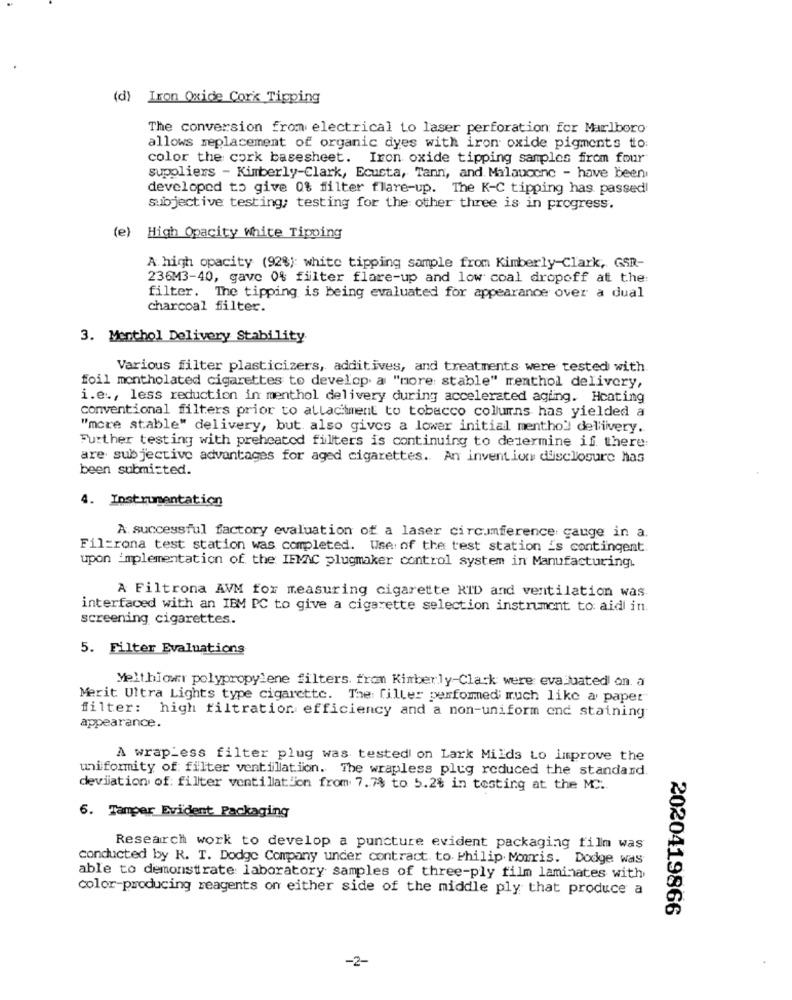
(d) Iron Oxide Cork Tipping
The conversion from electrical to laser perforation for Marlboro
allows meplacement of organic dyes with iron oxide pigments to:
color the cork basesheet. Iron oxide tipping samples from four
suppliers - Kimberly-Clark, Ecusta, Tann, and. Milaucone - have been
developed to give 0% filter flare-up. The K-C tipping has passed!
subjective testing; testing for the other three is in progress.
(e) High Opacity White Tipoing
A high opacity (92%): white tipping sample from Kimberly-Clark, GSR-
236M3-40, gave 0% filter flare-up and low coal dropoff at the:
filter. The tipping is being evaluated for appearance over a dual
charcoal filter.
3. Menthol Delivery Stability
Various filter plasticizers, additives, and treatments were tested with.
foil montholated cigarettes to develop a "more stable" menthol delivery,
i.e ., less reduction in menthol delivery during accelerated agiing. Hcating
conventional filters prior to allacitment to tobacco columns has yielded a
"more stable" delivery, but also gives a lower initial menthol! delivery.
Further testing with preheated filters is continuing to determine if there:
are subjective advantages for aged cigarettes. An invention disclosure nas
been submitted.
4. Instrumentation
A successful factory evaluation of a laser circumference gauge in a.
Fil=rona test station was completed. Use of the test station 's contingent.
upon implementation of the IEMAC plugmaker control system in Manufacturing.
A Filtrona AVM for measuring cigarette RTD and ventilation was
interfaced with an IBM PC to give a cigarette selection instrument to: aid in.
screening cigarettes.
5. Filter Evaluations
Melthiomer polypropylene filters. from Kimberly-Clark were evaluated on. a
Merit Ultra Lights type cigarette. The: filler performed much like a paper"
filter: high filtration efficiency and a non-uniform ond staining
appearance.
A wrap_ess filter plug was tested on Lark Milds Lo improve the
uniformity of filter ventilation. The wrapless plug reduced the standard.
deviation of: filter ventilation from 7.7% to 5.2% in testing at the MC.
6. Tamper Evident Packaging
Research work to develop a puncture evident packaging film was
conducted by R. T. Dodge Company under contract to. Philip Morris. Dodge was
able to demonstrate laboratory samples of three-ply film laminates with
color-producing reagents on either side of the middle ply that produce a
2020419866
-2-